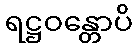
ရဋ္ဌဝန္တောပိ